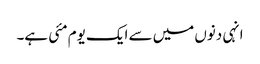
انہی دنوں میں سے ایک یوم مئی ہے۔